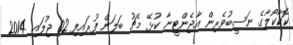
ކޮކާކޯލާގެ ނަސީބުވެރިން އާޖެންޓީނާ ކުޅޭ މެޗު ބަލަން ފުރައިފި 02 ޖުލައި 2014